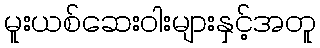
မူးယစ်ဆေးဝါးများနှင့်အတူ